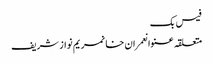
فیس بک
متعلقہ عنوانعمران خانمریم نواز شریف